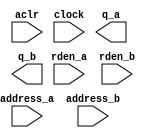
module rom_shared (
	aclr,
	address_a,
	address_b,
	clock,
	rden_a,
	rden_b,
	q_a,
	q_b);
	input	  aclr;
	input	[11:0]  address_a;
	input	[11:0]  address_b;
	input	  clock;
	input	  rden_a;
	input	  rden_b;
	output	[31:0]  q_a;
	output	[31:0]  q_b;
`ifndef ALTERA_RESERVED_QIS
// synopsys translate_off
`endif
	tri0	  aclr;
	tri1	  clock;
	tri1	  rden_a;
	tri1	  rden_b;
`ifndef ALTERA_RESERVED_QIS
// synopsys translate_on
`endif
endmodule